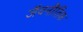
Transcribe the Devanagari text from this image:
जैवनीतिक